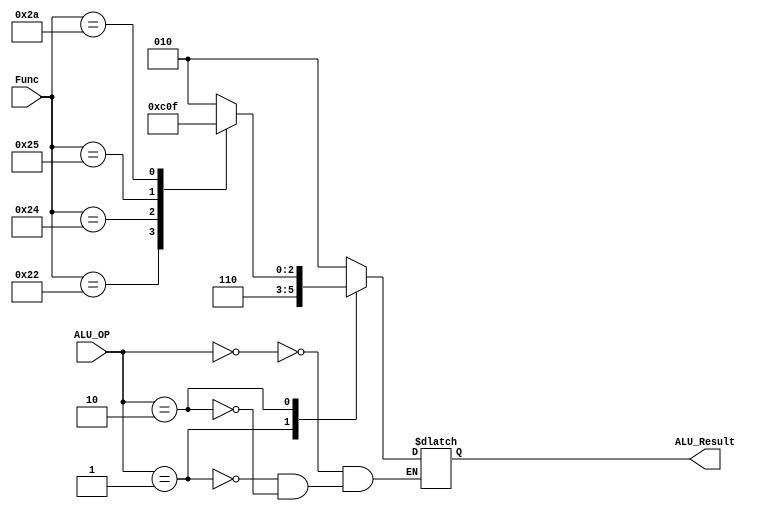
module ALUControl(ALU_OP,Func,ALU_Result);
	input [1:0] ALU_OP;	
	input [5:0]Func;
	
	output reg [2:0] ALU_Result;
	reg [2:0] Result;
	 
	always @(ALU_OP or Func)
	begin
	
	case(Func)
	6'b100000:Result=3'b010;
	6'b100010:Result=3'b110;
	6'b100100:Result=3'b000;
	6'b100101:Result=3'b001;
	6'b101010:Result=3'b111;
	endcase
	
	case(ALU_OP)
	2'b00: ALU_Result=3'b010;
	2'b01: ALU_Result=3'b110;
	2'b10: ALU_Result=Result;
	endcase
	end

endmodule